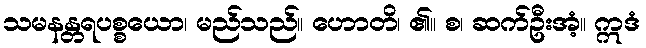
သမနန္တရပစ္စယော၊ မည်သည်။ ဟောတိ၊ ၏။ စ၊ ဆက်ဦးအံ့။ ဣဒံ